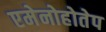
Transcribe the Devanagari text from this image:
एमेनोहोतेप